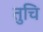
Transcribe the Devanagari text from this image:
तुचि